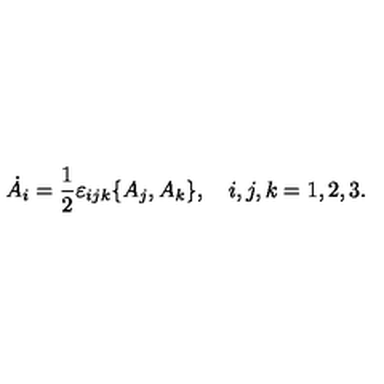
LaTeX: \dot { A } _ { i } = \frac { 1 } { 2 } \varepsilon _ { i j k } \{ A _ { j } , A _ { k } \} , \quad i , j , k = 1 , 2 , 3 .